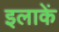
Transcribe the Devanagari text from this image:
इलाकें